Civil Veterinary Dept. Bombay admin report 1907-1913 - 1907-1913
Year: 1907
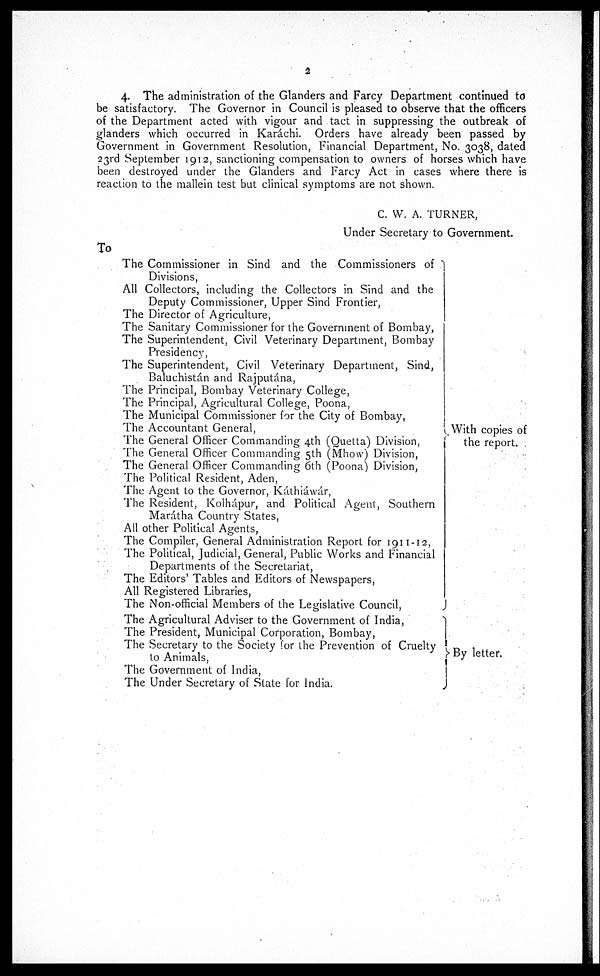
2
4. The administration of the Glanders and Farcy Department continued to
be satisfactory. The Governor in Council is pleased to observe that the officers
of the Department acted with vigour and tact in suppressing the outbreak of
glanders which occurred in Karáchi. Orders have already been passed by
Government in Government Resolution, Financial Department, No. 3038, dated
23rd September 1912, sanctioning compensation to owners of horses which have
been destroyed under the Glanders and Farcy Act in cases where there is
reaction to the mallein test but clinical symptoms are not shown.
C. W. A. TURNER,
Under Secretary to Government.
To
The Commissioner in Sind and the Commissioners of
Divisions,
All Collectors, including the Collectors in Sind and the
Deputy Commissioner, Upper Sind Frontier,
The Director of Agriculture,
The Sanitary Commissioner for the Government of Bombay,
The Superintendent, Civil Veterinary Department, Bombay
Presidency,
The Superintendent, Civil Veterinary Department, Sind,
Baluchistán and Rajputána,
The Principal, Bombay Veterinary College,
The Principal, Agricultural College, Poona,
The Municipal Commissioner for the City of Bombay,
The Accountant General,
The General Officer Commanding 4th (Quetta) Division,
The General Officer Commanding 5th (Mhow) Division,
The General Officer Commanding 6th (Poona) Division,
The Political Resident, Aden,
The Agent to the Governor, Káthiáwár,
The Resident, Kolhápur, and Political Agent, Southern
Marátha Country States,
All other Political Agents,
The Compiler, General Administration Report for 1911-12,
The Political, Judicial, General, Public Works and Financial
Departments of the Secretariat,
The Editors' Tables and Editors of Newspapers,
All Registered Libraries,
The Non-official Members of the Legislative Council,
The Agricultural Adviser to the Government of India,
The President, Municipal Corporation, Bombay,
The Secretary to the Society for the Prevention of Cruelty
to Animals,
The Government of India,
The Under Secretary of State for India.
With copies of
the report.
By letter.